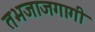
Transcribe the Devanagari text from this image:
तभजाजगागी